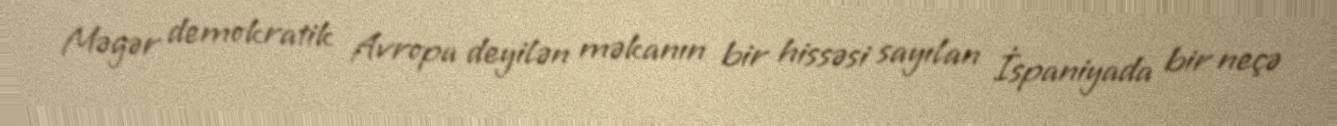
Məgər demokratik Avropa deyilən məkanın bir hissəsi sayılan İspaniyada bir neçə